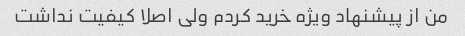
من از پیشنهاد ویژه خرید کردم ولی اصلا کیفیت نداشت